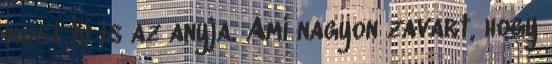
most ki is az anyja. Ami nagyon zavart, hogy